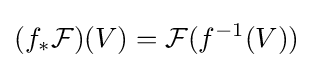
(f_{*}{\mathcal {F}})(V)={\mathcal {F}}(f^{-1}(V))